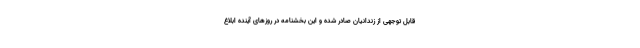
قابل توجهی از زندانیان صادر شده و این بخشنامه در روزهای آینده ابلاغ